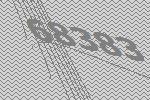
68383